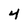
Character: 4